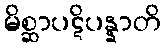
မိစ္ဆာပဋိပန္နာတိ